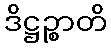
ဒိဋ္ဌဉ္စာတိ